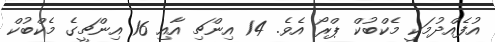
އުފެއްދުމަކީ މެކްބުކް ޕްރޯ އެވެ. 14 އިންޗި އާއި 16 އިންޗީގެ މެކްބުކް